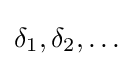
\delta _{1},\delta _{2},\dots